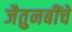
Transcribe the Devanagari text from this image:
जैतुनबींचे